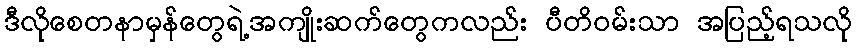
ဒီလိုစေတနာမှန်တွေရဲ့အကျိုးဆက်တွေကလည်း ပီတိဝမ်းသာ အပြည့်ရသလို